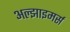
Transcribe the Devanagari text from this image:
अल्झाइमर्स